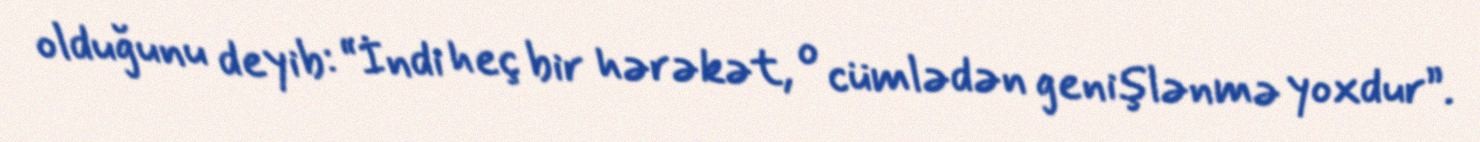
olduğunu deyib: “İndi heç bir hərəkət, o cümlədən genişlənmə yoxdur”.